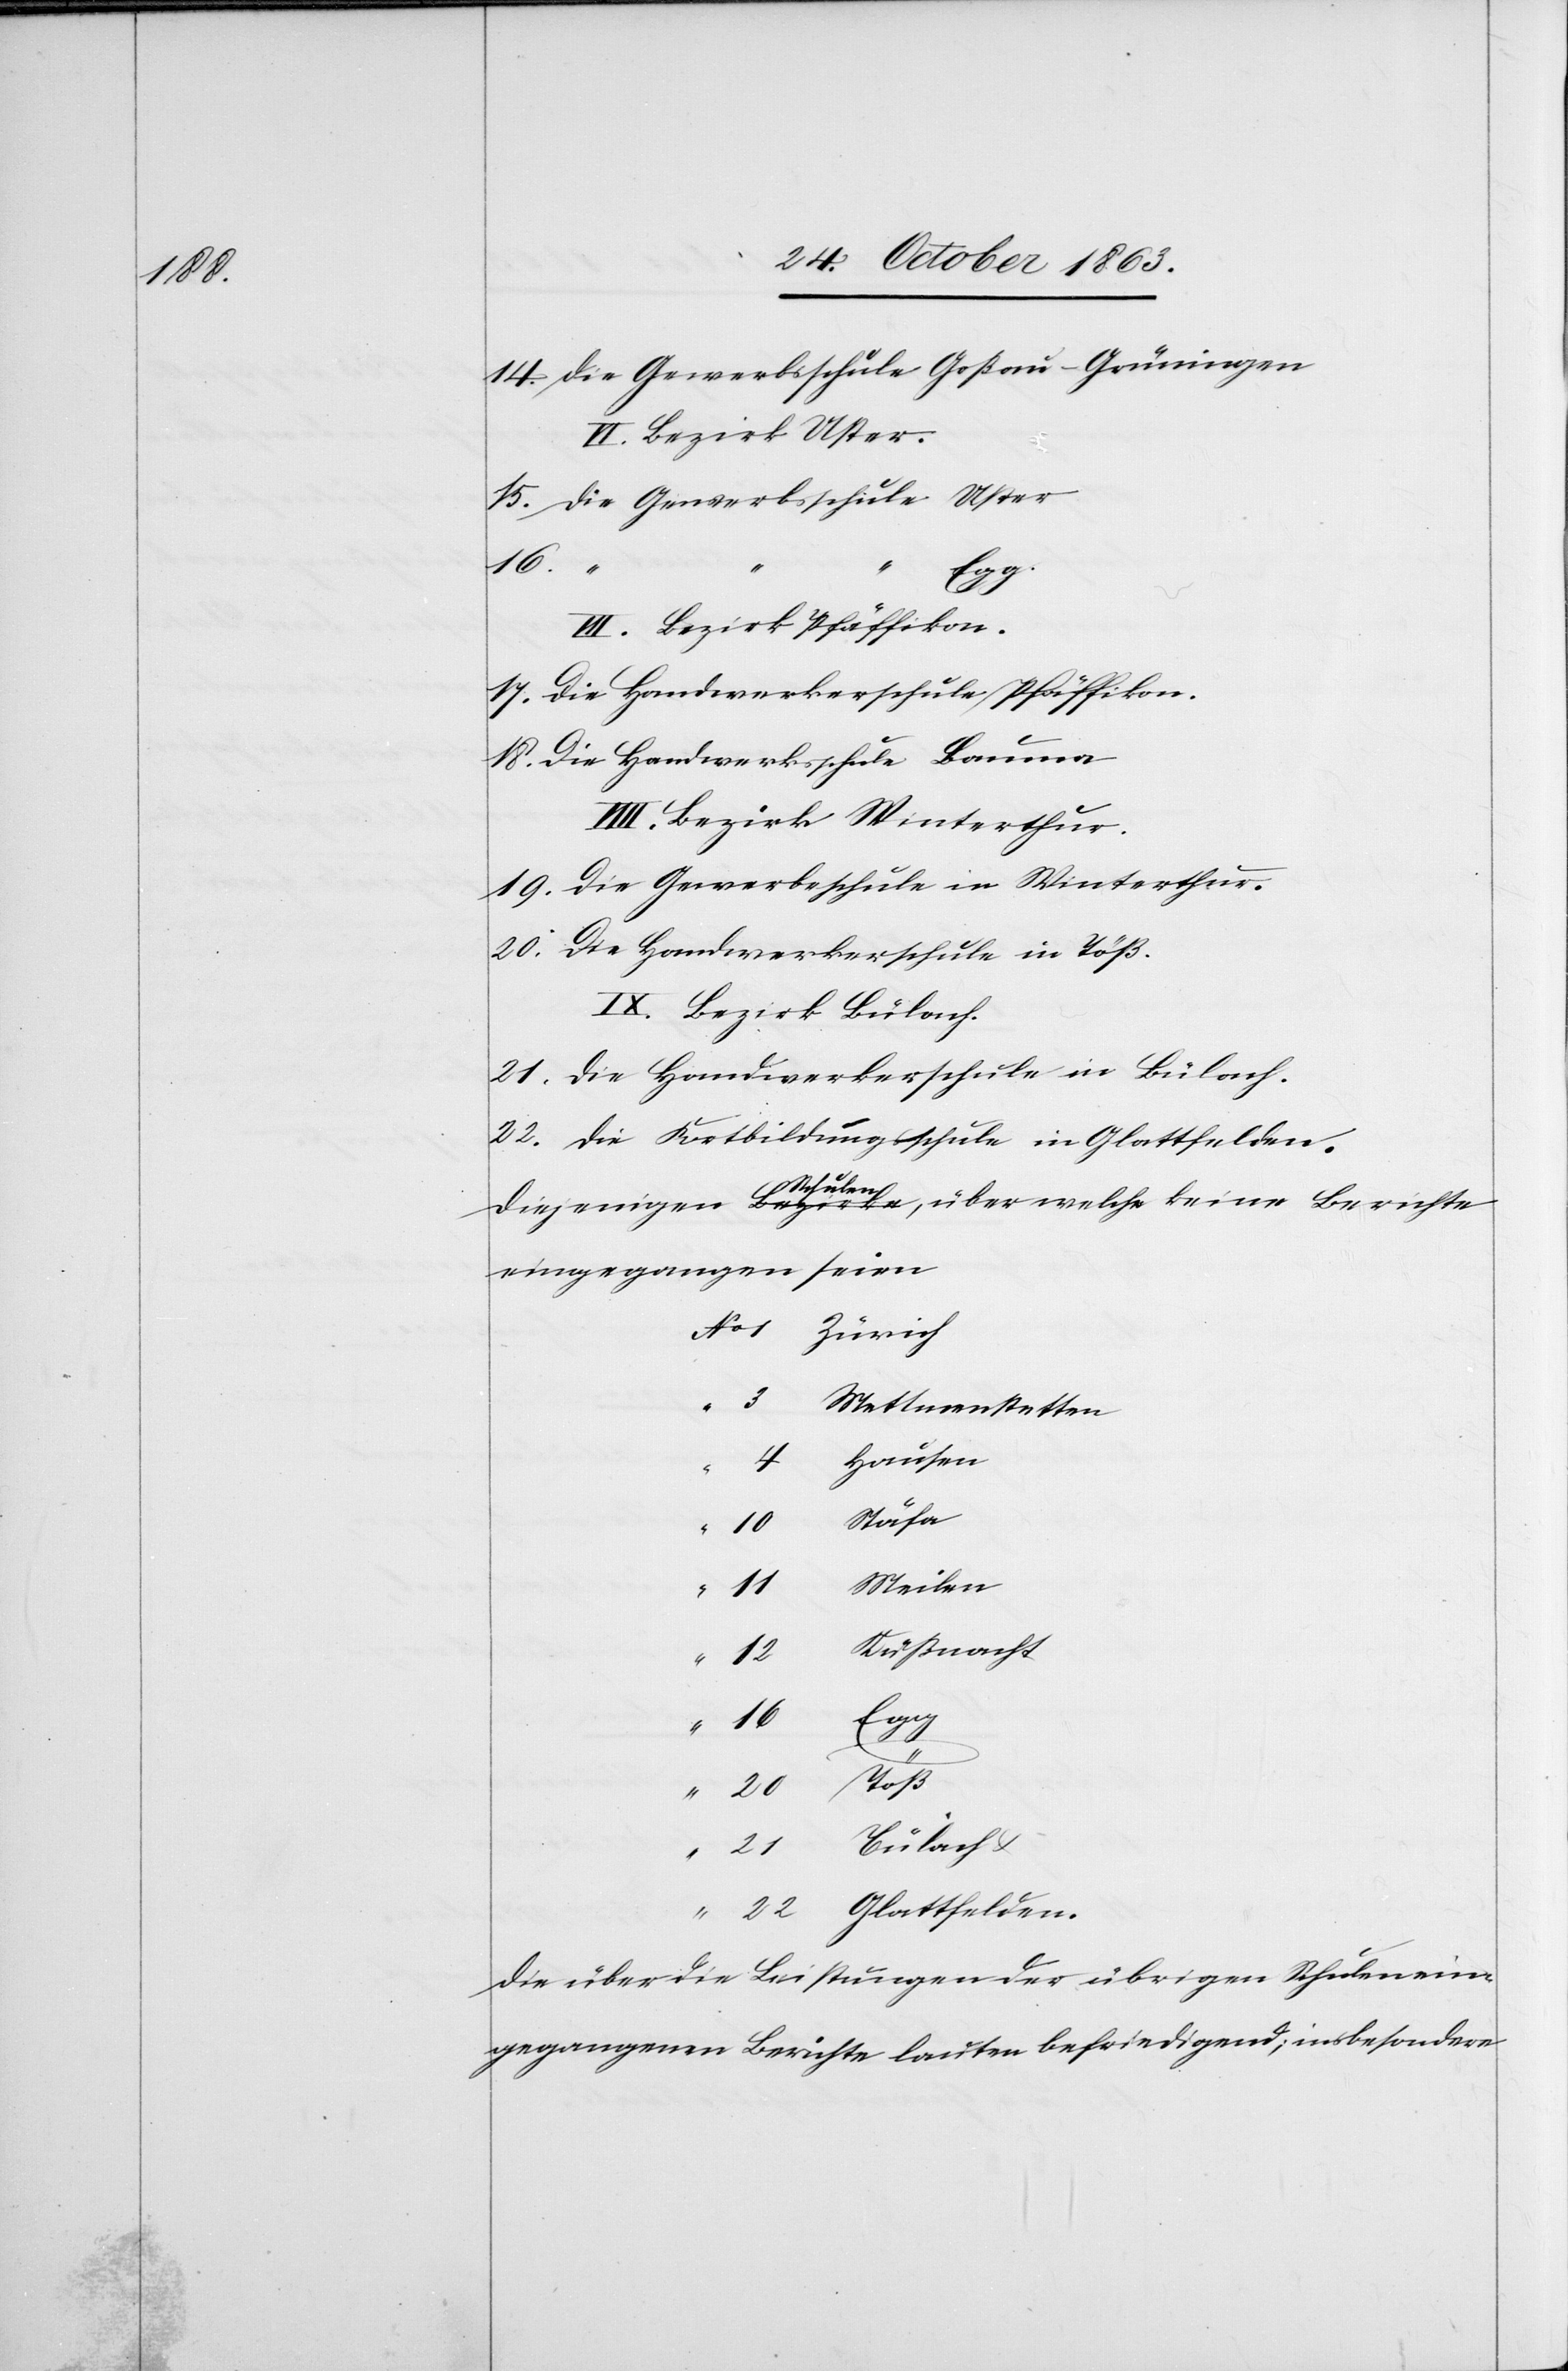
14. Die Gewerbsschule Goßau-Grüningen
VI. Bezirk Uster.
15. Die Gewerbsschule Uster
“
16
VII. Bezirk Pfäffikon.
17. Die Handwerkerschule Pfäffikon.
18. Die Handwerksschule Bauma
VIII. Bezirk Winterthur.
19. Die Gewerbeschule in Winterthur.
20. Die Handwerkerschule in Töß.
IX. Bezirk Bülach.
21. Die Handwerkerschule in Bülach.
22. Die Fortbildungsschule in Glattfelden.
Diejenigen a-Bezirke Schulen-a, über welche keine Berichte
eingegangen seien
No 1 Zürich
3
Mettmenstetten
Hausen
Stäfa
11
Meilen
12
Egg
20
Töß
“ 21
Bülach &
“ 22 Glattfelden.
Die über die Leistungen der übrigen Schulen ein¬
gegangenen Berichte laufen befriedigend; insbesondere